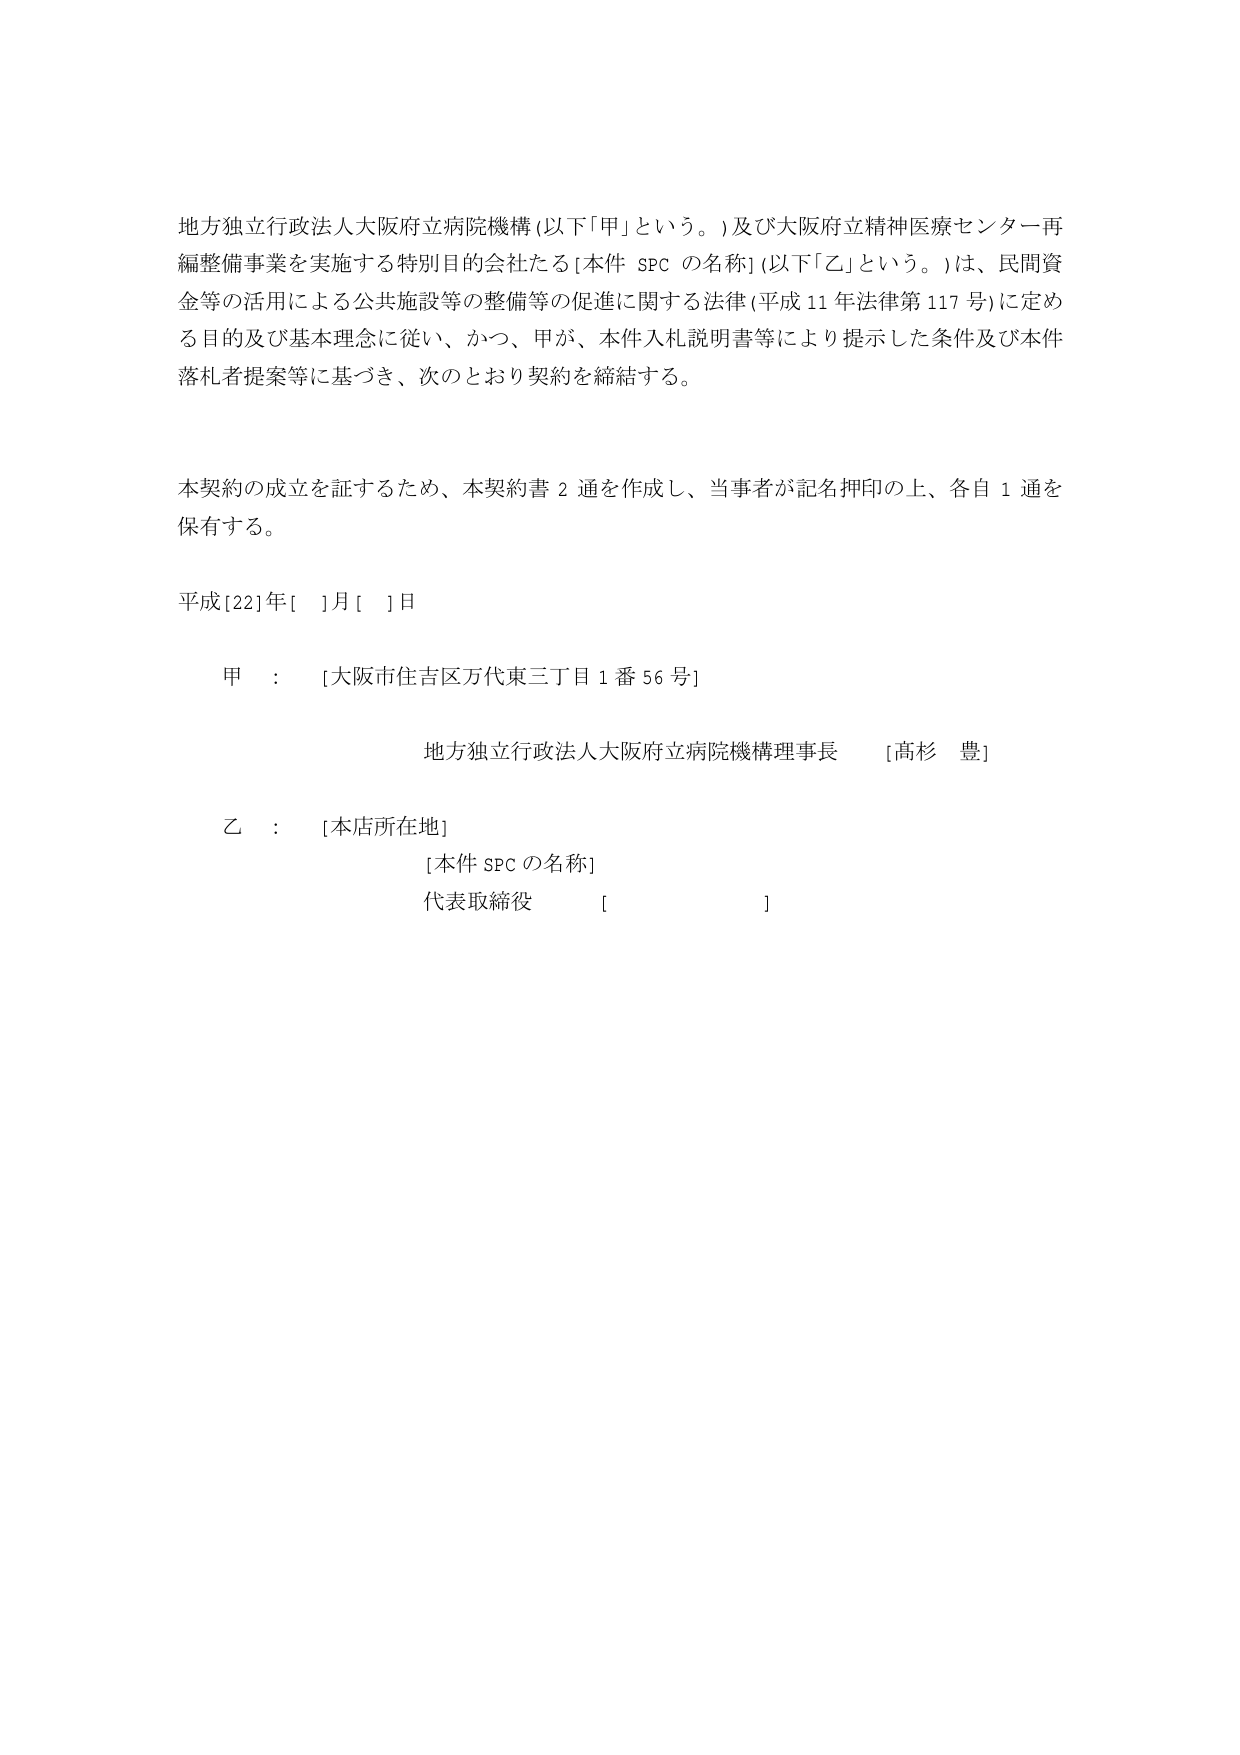
地方独立行政法人大阪府立病院機構（以下「甲」という。）及び大阪府立精神医療センター再編整備事業を実施する特別目的会社たる［本件 spc の名称］（以下「乙」という。）は、民間資金等の活用による公共施設等の整備等の促進に関する法律（平成11年法律第117号）に定める目的及び基本理念に従い、かつ、甲が、本件入札説明書等により提示した条件及び本件落札者提案等に基づき、次のとおり契約を締結する。

本契約の成立を証するため、本契約書2通を作成し、当事者が記名押印の上、各自1通を保有する。

平成[22]年[　]月[　]日

甲　：　［大阪市住吉区万代東三丁目1番56号］

　　　　　地方独立行政法人大阪府立病院機構理事長　［高杉　豊］

乙　：　［本店所在地］

　　　　　［本件 spc の名称］

　　　　　代表取締役　［　　　　　　　　］